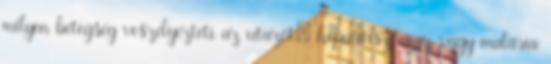
milyen betegség veszélyezteti az utazót: hepatitisz azaz vagy malária